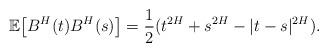
LaTeX: \begin{align*} \mathbb{E}\big[B^{H}(t)B^{H}(s)\big] = \frac{1}{2} (t^{2H} + s^{2H} - |t-s|^{2H}).\end{align*}